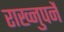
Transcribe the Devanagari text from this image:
राख्नुपर्ने